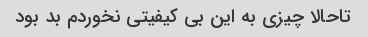
تاحالا چیزی به این بی کیفیتی نخوردم بد بود